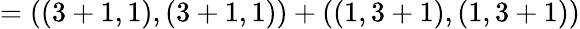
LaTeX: =((3+1,1),(3+1,1))+((1,3+1),(1,3+1))